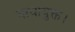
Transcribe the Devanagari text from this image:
बाधायुक्त।